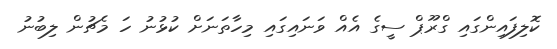
ކޮލިފައިންގައި ގްރޫޕް ސީގެ އެއް ވަނައިގައި މިހާތަނަށް ކުޅުނު ހަ މެޗުން ލިބުނު